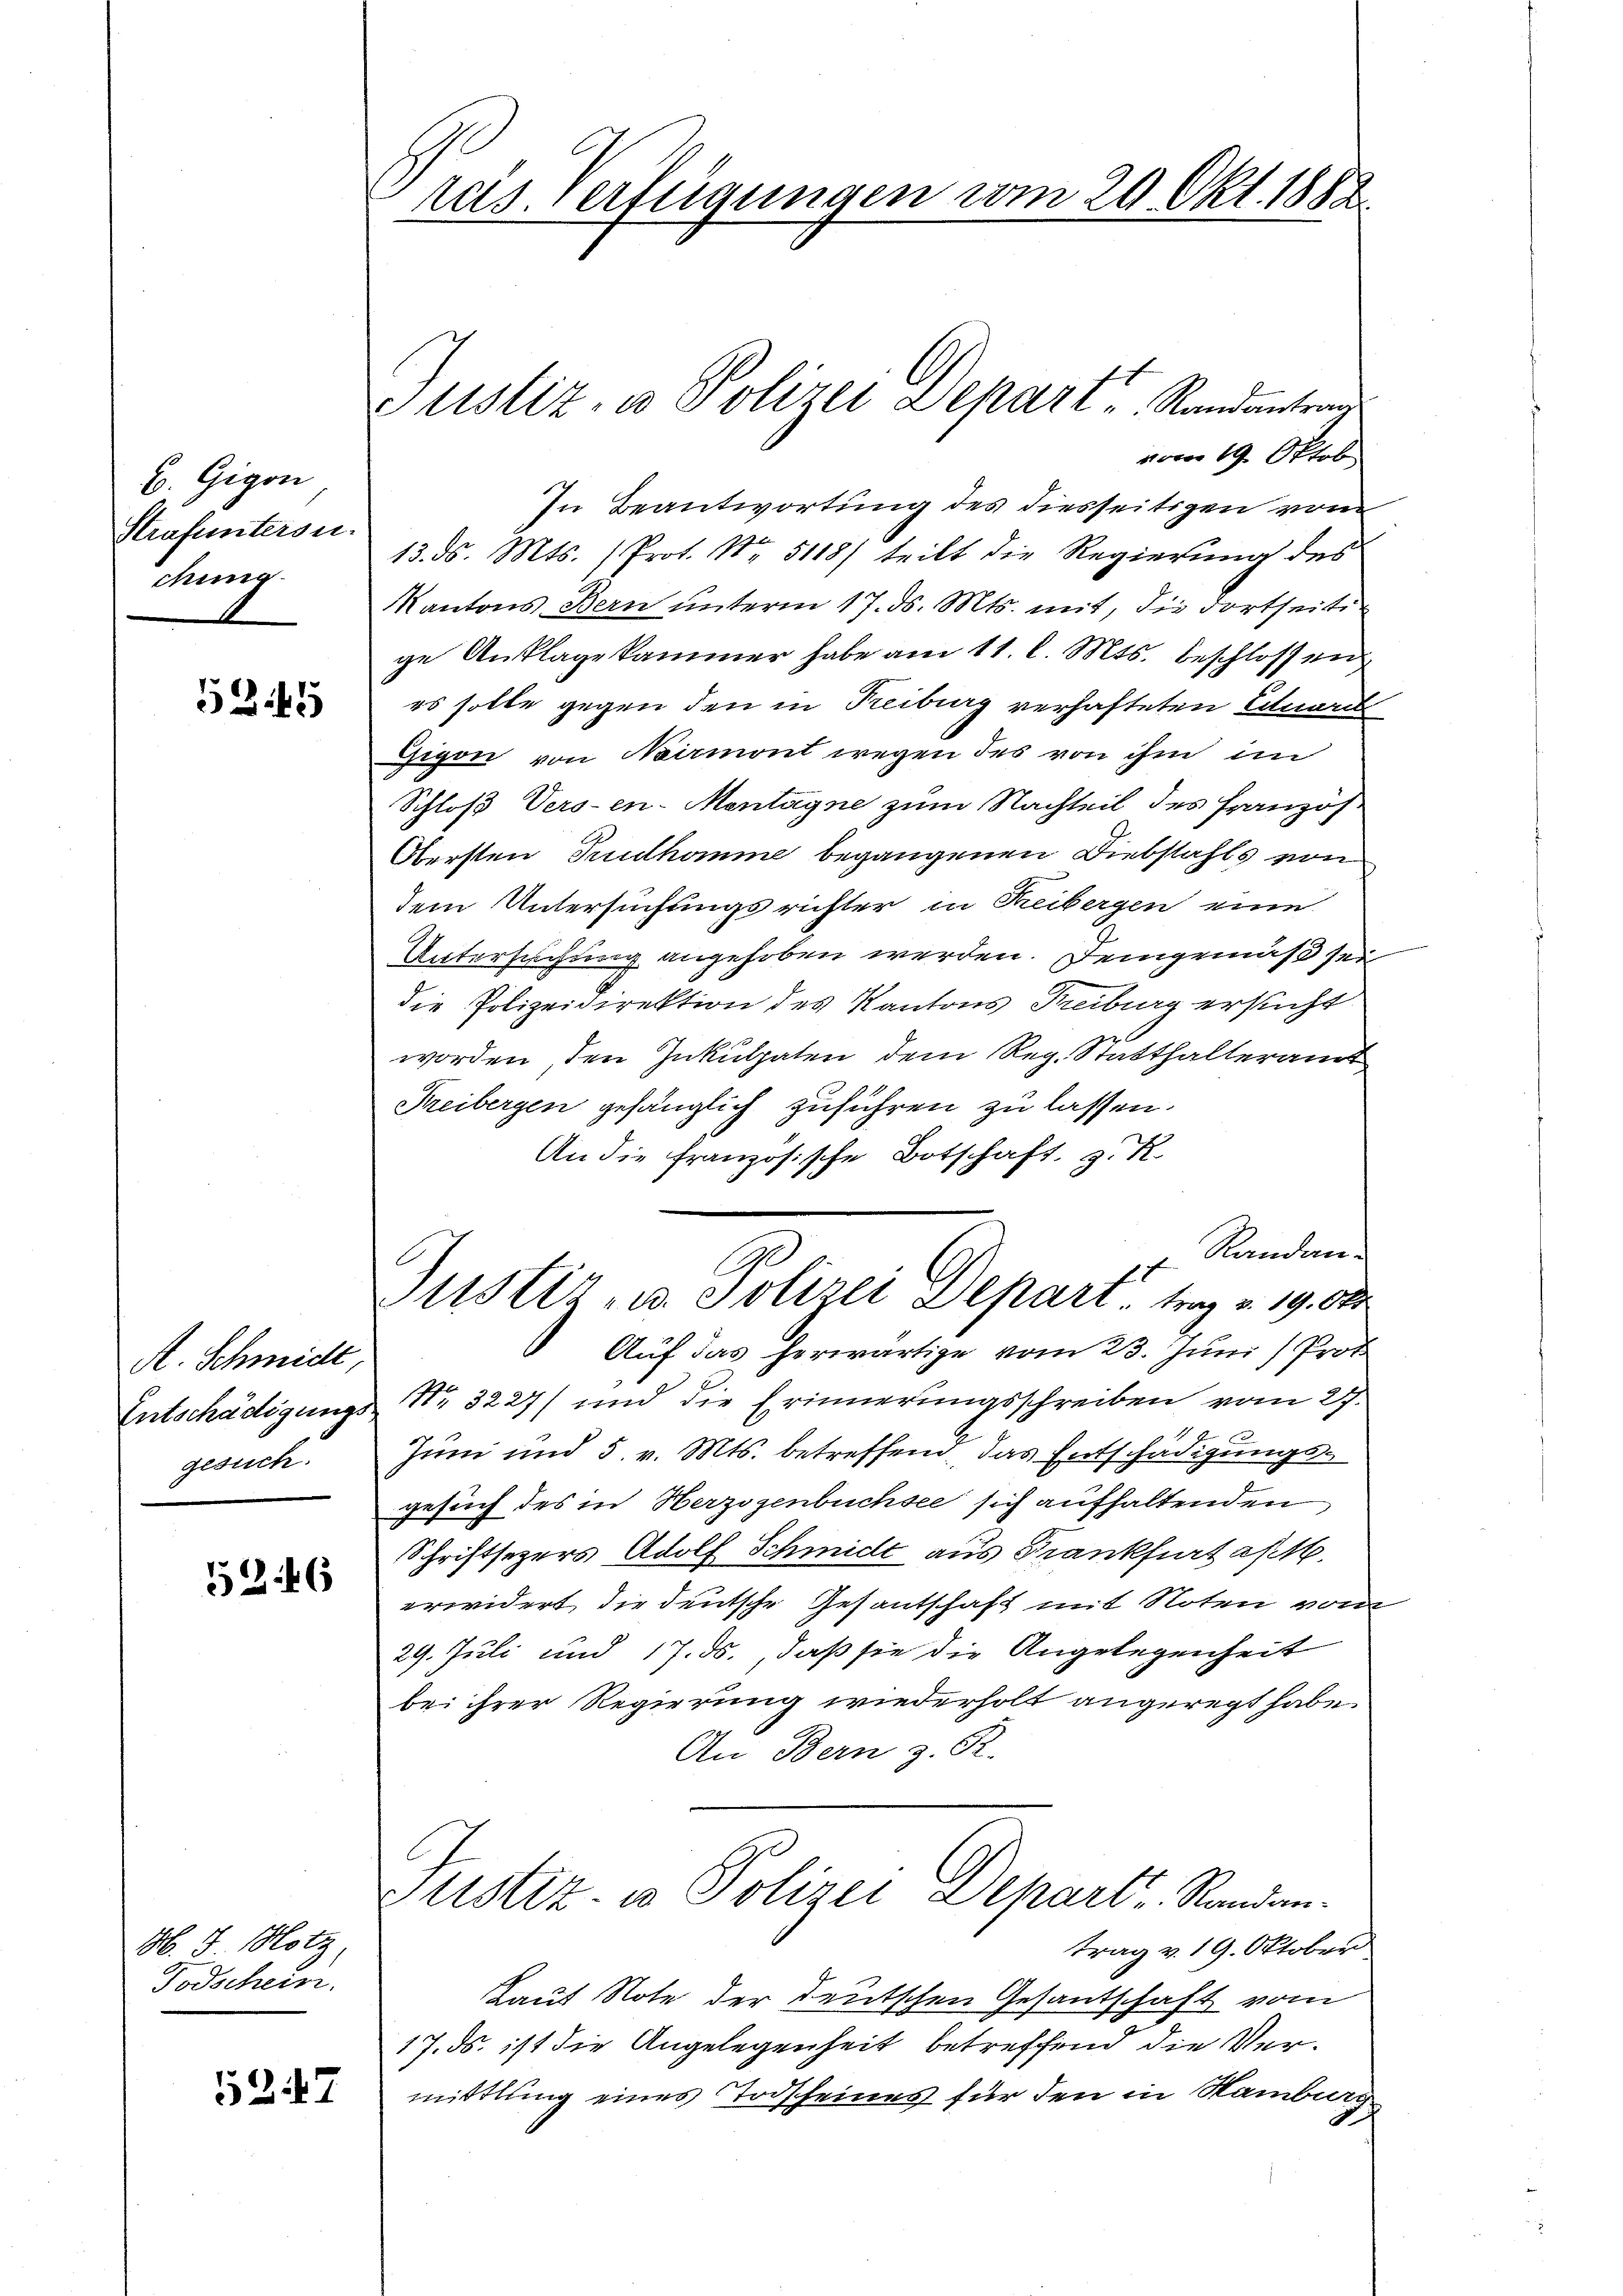
B. Gigon
Strafuntersu
dung

5349

A. Schmidt
Entschädigungs
gesuch.

526

M. Hotz
Todschein.

5247

ras. erfügungen vom 29. Okt. 1882.

Justiz, u. Polizei Depart Randantrag
vom 19. Oktob
In Beantwortung des diesseitigen vom
13. ds. Mts. (Prot. Nr. 5118) teilt die Regierung des
Kantons Bern unterm 17. d. Mts. mit, die dortseitig
ge Anklage kammer habe am 11. l. Mts. beschlossen
es solle gegen den in Treiburg verhafteten Eduarel
Gigon von Neirmont wegen des von ihm im
Schloß Versen-Mentagne zum Nachteil des Franzos
Obersten Trudhomme begangenen Diebstahls von
dem Untersuchungsrichter in Freibergen eine
Untersuchung angehoben werden. Demgemäß sei
die Polizeidirektion des Kantons Freiburg ersucht.
worden, den Inkulpaten dem Reg. Statthalteramt
Freibergen gefänglich zuführen zu lassen.
An die französische Botschaft, z. K.
Randan
C
Justiz- u. Polizei Depart, trag v. 19. Okt
Auf das herwärtige vom 23. Juni / Prot
Nr. 3227) und die Erinnerungsschreiben vom 27.
Juni und 5. v. Mts. betreffend, das Entschädigungsgesuch des in Herzogenbuchsee sich aufhaltenden
Schriftsezers Adolf Schmidt aus Frankfurt as
erwidert, die deutsche Gesantschaft mit Noten von
29. Juli und 17. ds., daß sie die Angelegenheit
bei ihrer Regierung wiederholt angeregt habe.
An Bern z. R.
Justiz- u Polizei Depart, Randan-
trag v. 19. Oktober
Laut Note der deutschen Gesantschaft vom
17. ds. ist die Angelegenheit betreffend die Vermittlung eines Todscheines für den in Samburg